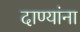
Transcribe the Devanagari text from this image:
दाण्यांना